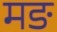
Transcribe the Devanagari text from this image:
मङ